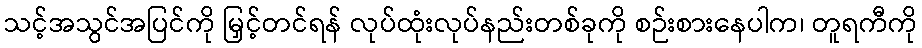
သင့်အသွင်အပြင်ကို မြှင့်တင်ရန် လုပ်ထုံးလုပ်နည်းတစ်ခုကို စဉ်းစားနေပါက၊ တူရကီကို